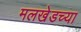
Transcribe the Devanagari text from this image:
मलखेडच्या